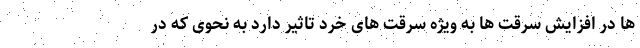
ها در افزایش سرقت ها به ویژه سرقت های خرد تاثیر دارد به نحوی که در